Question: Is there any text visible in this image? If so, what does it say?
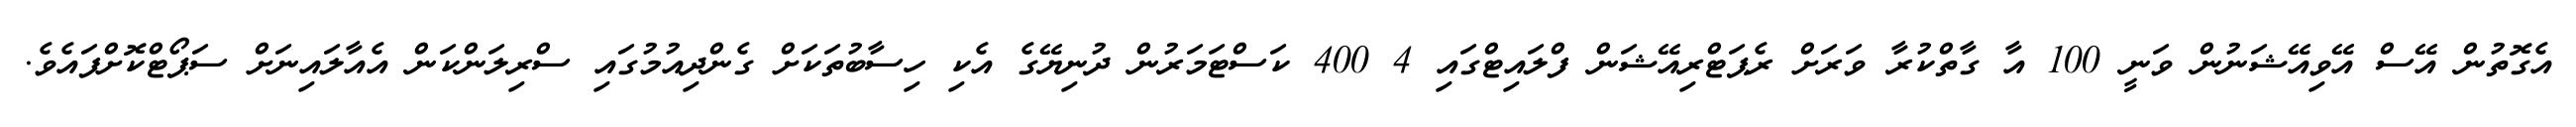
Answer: އެގޮތުން އޭސް އޭވިއޭޝަނުން ވަނީ 100 އާ ގާތްކުރާ ވަރަށް ރެޕަޓްރިއޭޝަން ފްލައިޓްގައި 4 400 ކަސްޓަމަރުން ދުނިޔޭގެ އެކި ހިސާބުތަކަށް ގެންދިއުމުގައި ސްރިލަންކަން އެއާލައިނަށް ސަޕޯޓްކޮށްފައެވެ.